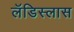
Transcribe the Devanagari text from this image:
लॅडिस्लास